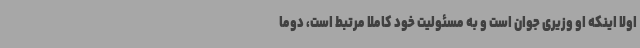
اولا اینکه او وزیری جوان است و به مسئولیت خود کاملا مرتبط است، دوما